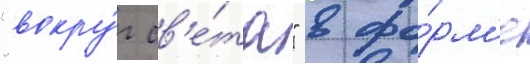
"вокру́г св'е́та" в фо́рм'е